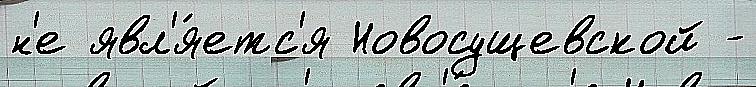
н'е явл'я́етс'я Новосущевской -